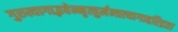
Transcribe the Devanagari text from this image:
गुरुत्यागाद्भवेन्मृत्युर्मन्त्रत्यागाद्दरिद्रता